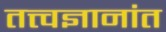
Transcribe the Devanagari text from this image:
तत्त्वज्ञानांत